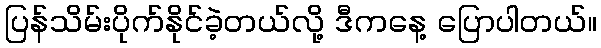
ပြန်သိမ်းပိုက်နိုင်ခဲ့တယ်လို့ ဒီကနေ့ ပြောပါတယ်။